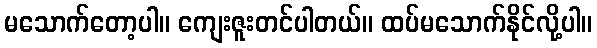
မသောက်တော့ပါ။ ကျေးဇူးတင်ပါတယ်။ ထပ်မသောက်နိုင်လို့ပါ။